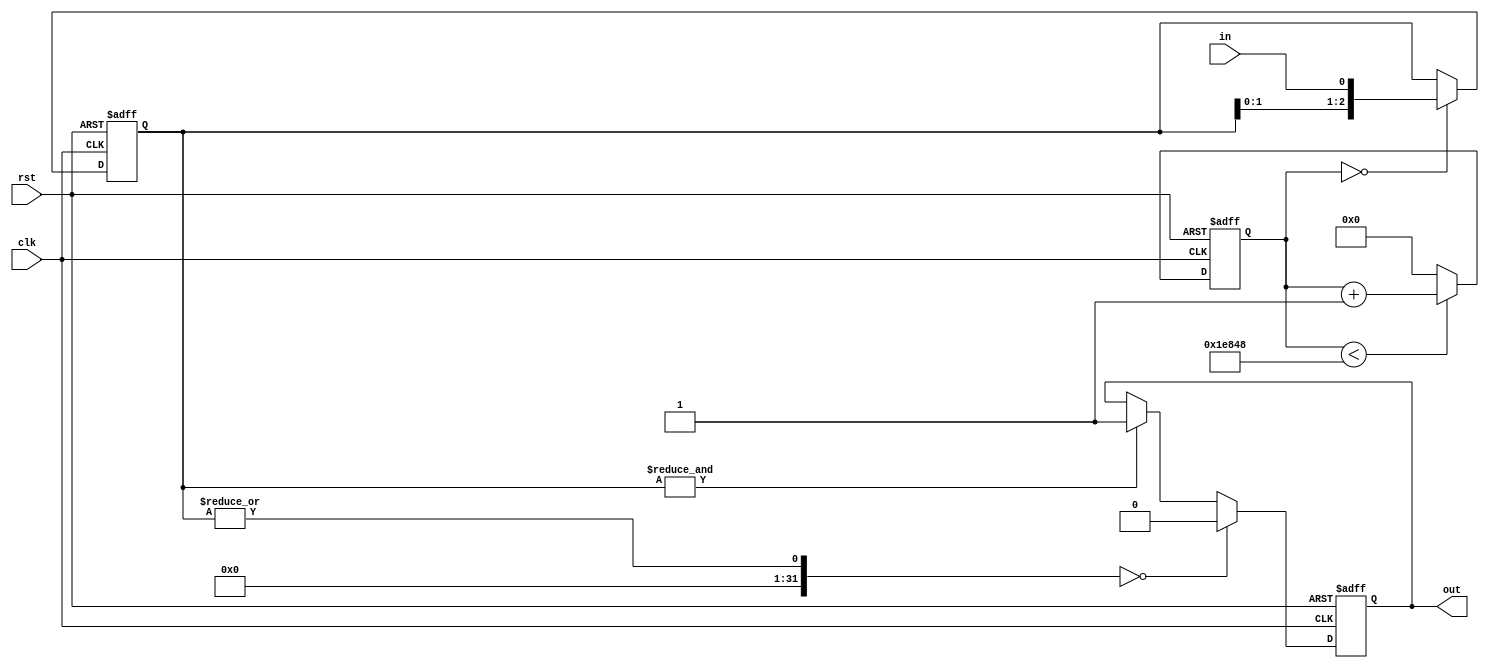
// This program was cloned from: https://github.com/alexforencich/xfcp
// License: MIT License

/*

Copyright (c) 2014-2018 Alex Forencich

Permission is hereby granted, free of charge, to any person obtaining a copy
of this software and associated documentation files (the "Software"), to deal
in the Software without restriction, including without limitation the rights
to use, copy, modify, merge, publish, distribute, sublicense, and/or sell
copies of the Software, and to permit persons to whom the Software is
furnished to do so, subject to the following conditions:

The above copyright notice and this permission notice shall be included in
all copies or substantial portions of the Software.

THE SOFTWARE IS PROVIDED "AS IS", WITHOUT WARRANTY OF ANY KIND, EXPRESS OR
IMPLIED, INCLUDING BUT NOT LIMITED TO THE WARRANTIES OF MERCHANTABILITY
FITNESS FOR A PARTICULAR PURPOSE AND NONINFRINGEMENT. IN NO EVENT SHALL THE
AUTHORS OR COPYRIGHT HOLDERS BE LIABLE FOR ANY CLAIM, DAMAGES OR OTHER
LIABILITY, WHETHER IN AN ACTION OF CONTRACT, TORT OR OTHERWISE, ARISING FROM,
OUT OF OR IN CONNECTION WITH THE SOFTWARE OR THE USE OR OTHER DEALINGS IN
THE SOFTWARE.

*/

// Language: Verilog-2001

`timescale 1 ns / 1 ps

/*
 * Synchronizes switch and button inputs with a slow sampled shift register
 */
module debounce_switch  #(
    parameter WIDTH=1, // width of the input and output signals
    parameter N=3, // length of shift register
    parameter RATE=125000 // clock division factor
)(
    input wire clk,
    input wire rst,
    input wire [WIDTH-1:0] in,
    output wire [WIDTH-1:0] out
);

reg [23:0] cnt_reg = 24'd0;

reg [N-1:0] debounce_reg[WIDTH-1:0];

reg [WIDTH-1:0] state;

/*
 * The synchronized output is the state register
 */
assign out = state;

integer k;

always @(posedge clk or posedge rst) begin
    if (rst) begin
        cnt_reg <= 0;
        state <= 0;
        
        for (k = 0; k < WIDTH; k = k + 1) begin
            debounce_reg[k] <= 0;
        end
    end else begin
        if (cnt_reg < RATE) begin
            cnt_reg <= cnt_reg + 24'd1;
        end else begin
            cnt_reg <= 24'd0;
        end
        
        if (cnt_reg == 24'd0) begin
            for (k = 0; k < WIDTH; k = k + 1) begin
                debounce_reg[k] <= {debounce_reg[k][N-2:0], in[k]};
            end
        end
        
        for (k = 0; k < WIDTH; k = k + 1) begin
            if (|debounce_reg[k] == 0) begin
                state[k] <= 0;
            end else if (&debounce_reg[k] == 1) begin
                state[k] <= 1;
            end else begin
                state[k] <= state[k];
            end
        end
    end
end

endmodule